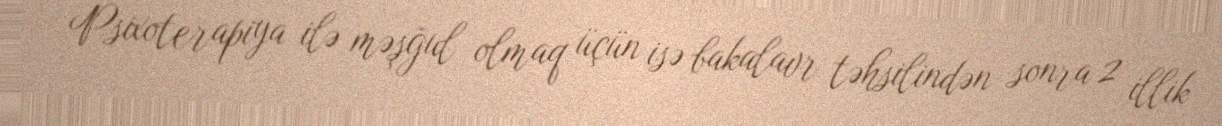
Psixoterapiya ilə məşğul olmaq üçün isə bakalavr təhsilindən sonra 2 illik